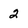
Character: 2